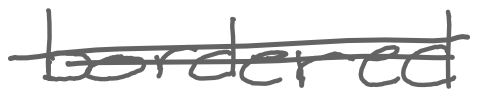
Text: bordered
Cross-out: double-line
Writing tool: digital_gray